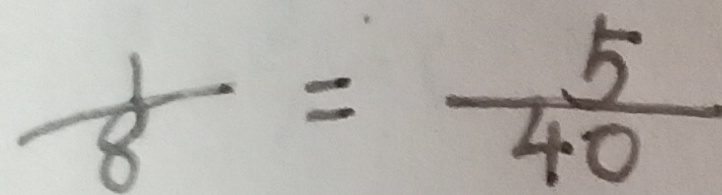
\frac { 1 } { 8 } = \frac { 5 } { 4 0 }